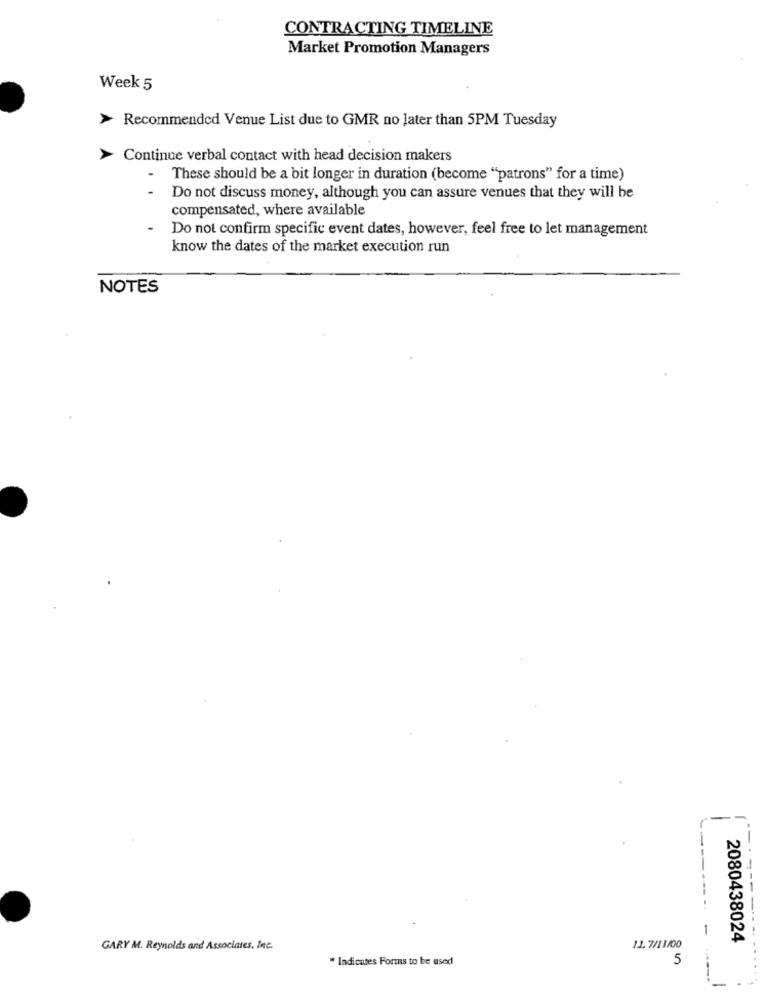
CONTRACTING TIMELINE
Market Promotion Managers
Week 5
> Recommended Venue List due to GMR no later than 5PM Tuesday
Continue verbal contact with head decision makers
-
These should be a bit longer in duration (become "patrons" for a time)
-
Do not discuss money, although you can assure venues that they will be
compensated, where available
Do not confirm specific event dates, however, feel free to let management
know the dates of the market execution run
NOTES
-.
2080438024
GARY M. Reynolds and Associates, Inc.
11.7/11/00
* Indicutes Forms to be used
5